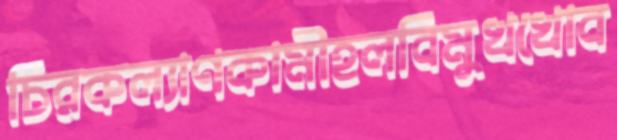
চিরকল্যাণকামীহলবিমুখখোব